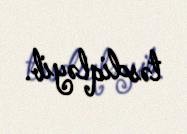
təsdiqləyib.